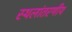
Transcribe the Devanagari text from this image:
स्थलांतरणीय